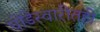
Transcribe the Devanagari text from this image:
घोडेस्वारीतही